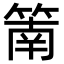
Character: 䈒